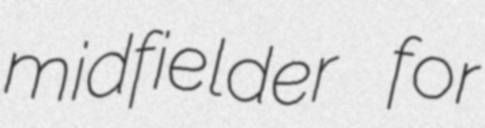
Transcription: midfielder for